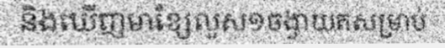
និងឃើញមាខ្សែលួស១ចង្វាយតសម្រាប់